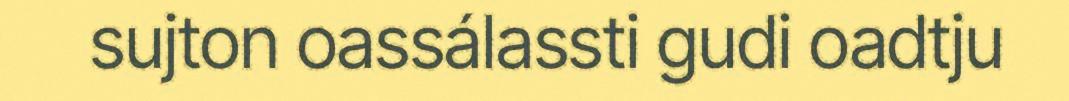
sujton oassálassti gudi oadtju